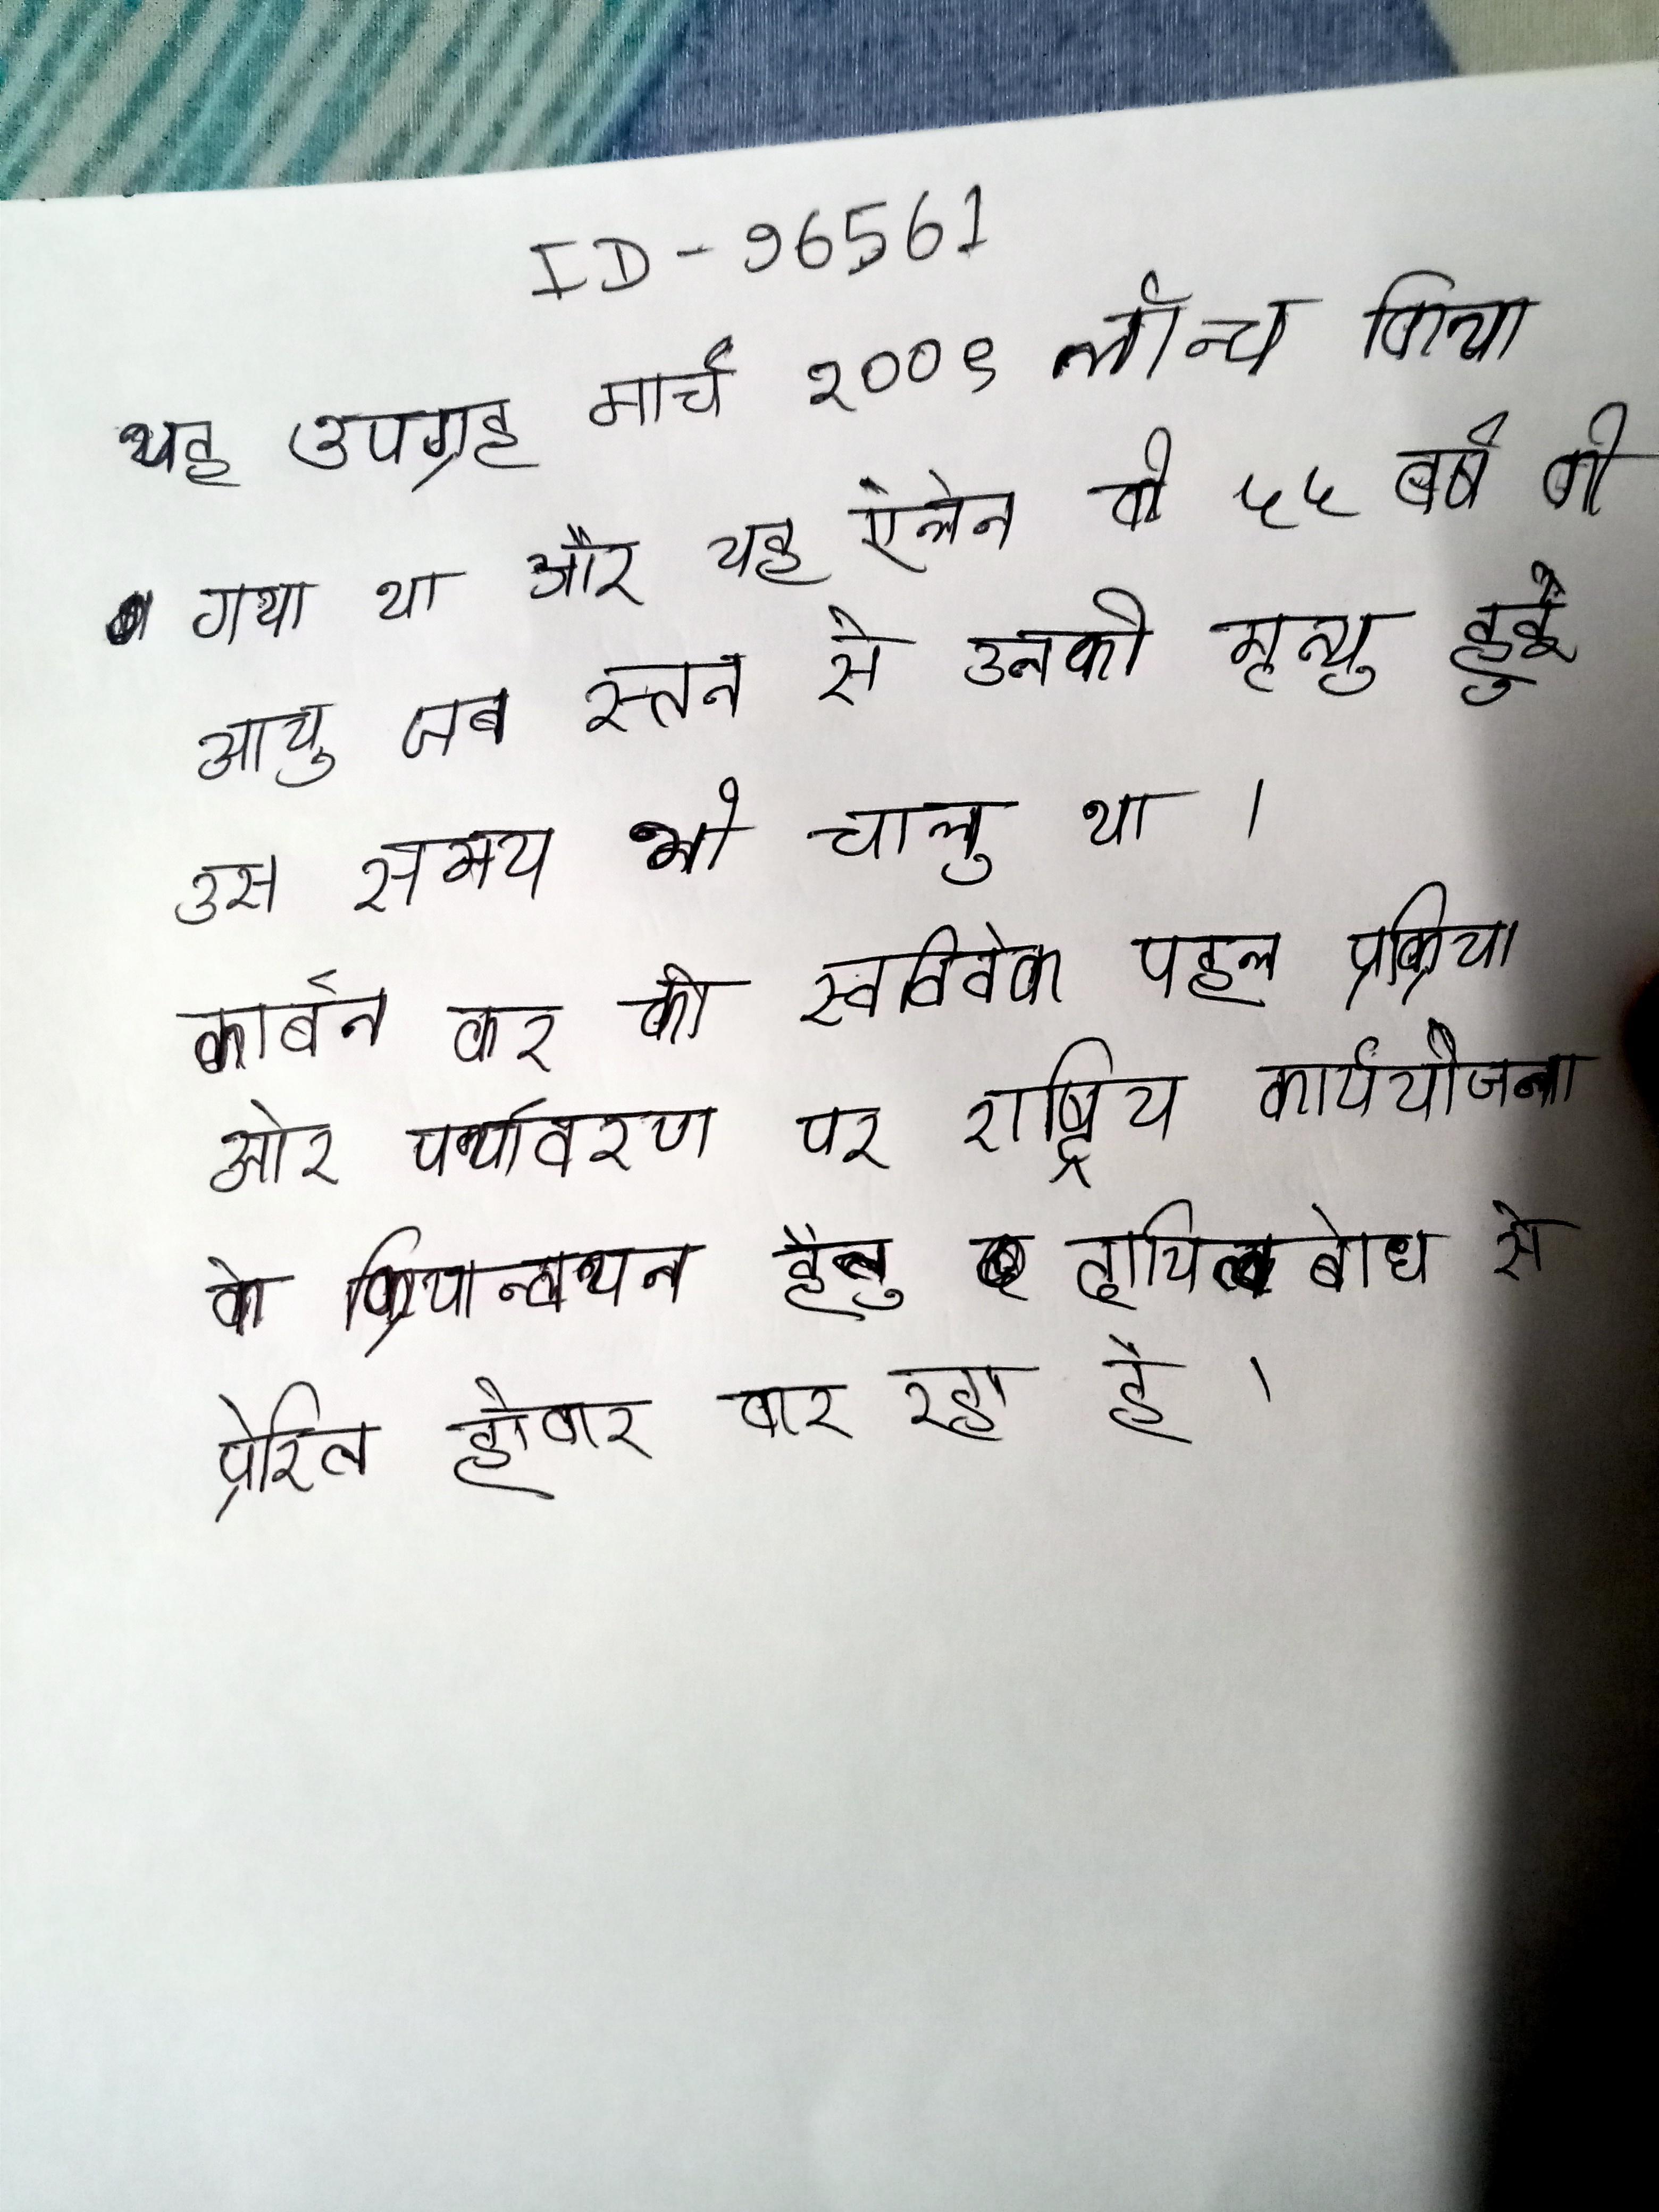
यह उपग्रह मार्च २००९ लॉन्च किया गया था और यह ऐलेन की ५५ वर्ष की आयु जब स्तन से उनकी मृत्यु हुई उस समय भी चालू था । कार्बन कर को स्वविवेक पहल प्रक्रिया और पर्यावरण पर राष्ट्रीय कार्ययोजना के क्रियान्वयन हेतु दायित्वबोध से प्रेरित होकर कर रहा है ।